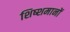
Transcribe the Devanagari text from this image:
शिष्शमानों